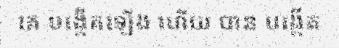
គេ បង្កើតឡើង ហើយ បាន បង្កើត